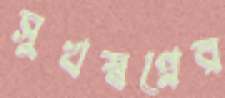
সুখস্বপ্নের